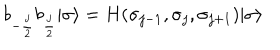
LaTeX: b _ { - { \frac { j } { 2 } } } b _ { { \frac { j } { 2 } } } | \sigma \rangle = H ( \sigma _ { j - 1 } , \sigma _ { j } , \sigma _ { j + 1 } ) | \sigma \rangle